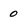
Character: O